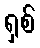
ရှစ်